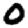
Digit: 0